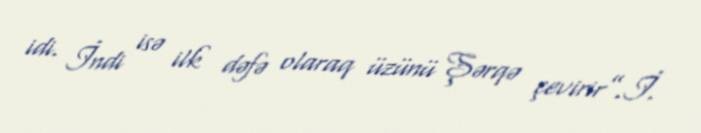
idi. İndi isə ilk dəfə olaraq üzünü Şərqə çevirir”.İ.